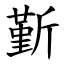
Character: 斳